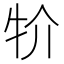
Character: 𤘦